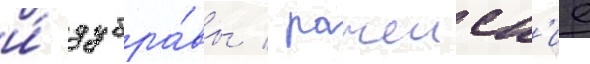
и́ дубра́вы / рачеиск'ие